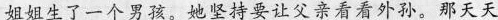
姐姐生了一个男孩，她坚持要让父亲看看外孙。那天天